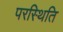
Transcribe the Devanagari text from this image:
परस्थिति